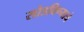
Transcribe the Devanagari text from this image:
सोडविण्‍याचे